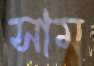
সাম